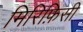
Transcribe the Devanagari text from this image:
मिरिफ़िसी